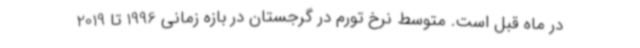
در ماه قبل است. متوسط نرخ تورم در گرجستان در بازه زمانی 1996 تا 2019